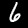
Digit: 6